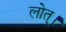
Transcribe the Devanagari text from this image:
लोत्।